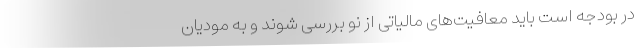
در بودجه است باید معافیت‌های مالیاتی از نو بررسی شوند و به مودیان